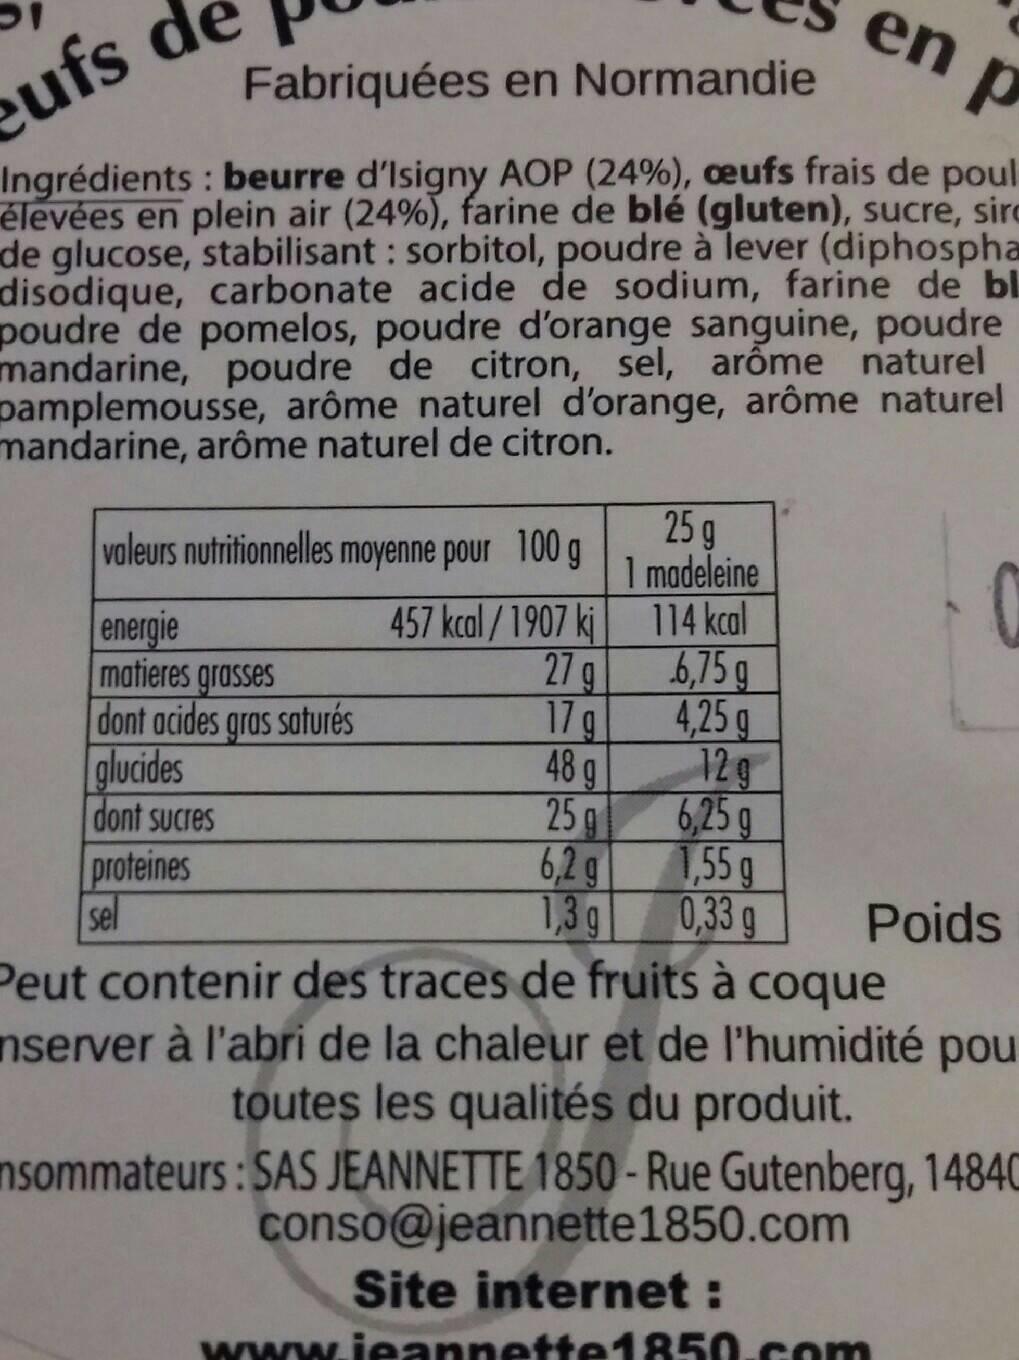
eufs de
Fabriquées
en Normandie
P
Ingrédients: beurre d'Isigny AOP (24%), ceufs frais de poul élevées en plein air (24%), farine de blé (gluten), sucre, sirc de glucose, stabilisant : sorbitol, poudre à lever (diphospha disodique, carbonate acide de sodium, farine de bl poudre de pomelos, poudre d'orange sanguine, poudre mandarine, poudre de citron, sel, arôme naturel pamplemousse, arôme naturel d'orange, arôme naturel mandarine, arôme naturel de citron.
valeurs nutritionnelles moyenne pour 100 g
energie
matieres grasses dont acides gras saturés
glucides
dont sucres
proteines
sel
457 kcal/1907 kj
27 g
17 g
48 g
25 g
6,2 g
1,3 g
25 g
1 madeleine
114 kcal
6,75 g
4,25 g
12 g
6,25 g
66
1,55 g
0,33 g
en
www.ieannette1850.com
Poids
Peut contenir des traces de fruits à coque
nserver à l'abri de la chaleur et de l'humidité pou toutes les qualités du produit.
Insommateurs: SAS JEANNETTE 1850-Rue Gutenberg, 14840 conso@jeannette1850.com Site internet: